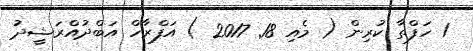
1 ހަފްތާ ކުރިން ( މެއި 18